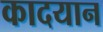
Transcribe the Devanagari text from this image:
कादयान